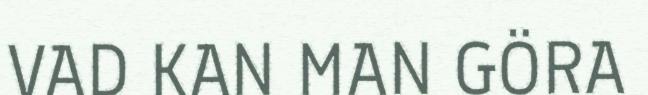
VAD KAN MAN GÖRA